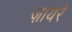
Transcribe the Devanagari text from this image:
ज़ायरे